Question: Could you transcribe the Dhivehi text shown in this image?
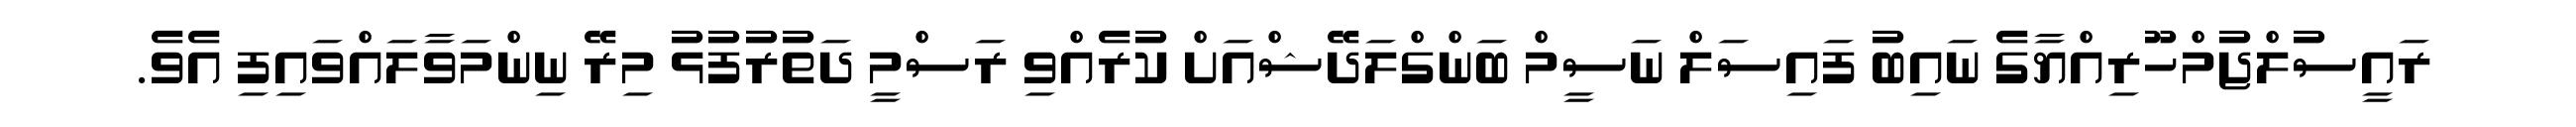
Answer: ރައީސުލްޖުމްހޫރިއްޔާގެ ނައިބު ފައިސަލް ނަސީމް ބަންގްލަދޭޝްއަށް ކުރެއްވި ރަސްމީ ދަތުރުފުޅު މިރޭ ނިންމަވާލައްވައިފި އެވެ.